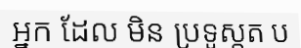
ឣ្នក ដែល មិន ប្រទូស្តត ប